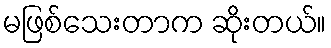
မဖြစ်သေးတာက ဆိုးတယ်။